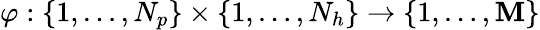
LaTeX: \varphi:\{ 1,\dots,N_{p}\} \times\{ 1,\dots,N_{h}\} \rightarrow\{ 1,\dots,\mathbf{M}\}